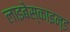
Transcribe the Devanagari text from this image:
लाइबेस्काइन्ड